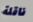
ناقلة